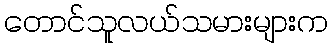
တောင်သူလယ်သမားများက